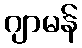
ဂျာမန်